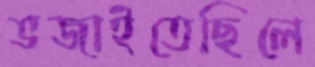
ভজাইতেছিলে